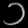
Digit: ၁